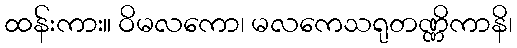
ထန်းကား။ ဝိမလကော၊ မလကေသရုတဏ္ဏိကာနိ၊